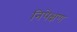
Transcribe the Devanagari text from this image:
निपेक्षण